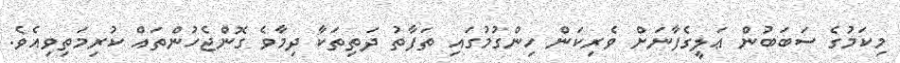
މިކަމުގެ ސަބަބުން ޢަލީގެފާނަށް ވެރިކަން ހިންގުމުގައި ތަފާތު ދަތިތަކާ ދިމާވެ ގޮންޖެހުންތައް ކުރިމަތިވިއެވެ.